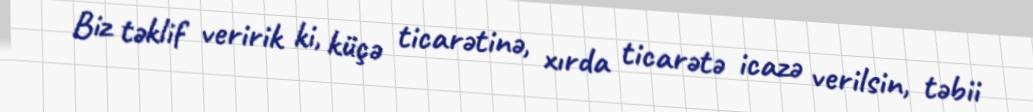
Biz təklif veririk ki, küçə ticarətinə, xırda ticarətə icazə verilsin, təbii